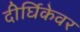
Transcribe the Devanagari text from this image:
दीर्घिकेवर